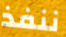
ننفذ